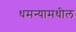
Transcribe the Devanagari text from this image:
धमन्यामधील